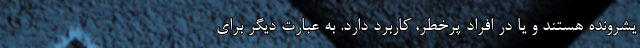
یشرونده هستند و یا در افراد پرخطر، کاربرد دارد. به عبارت دیگر برای